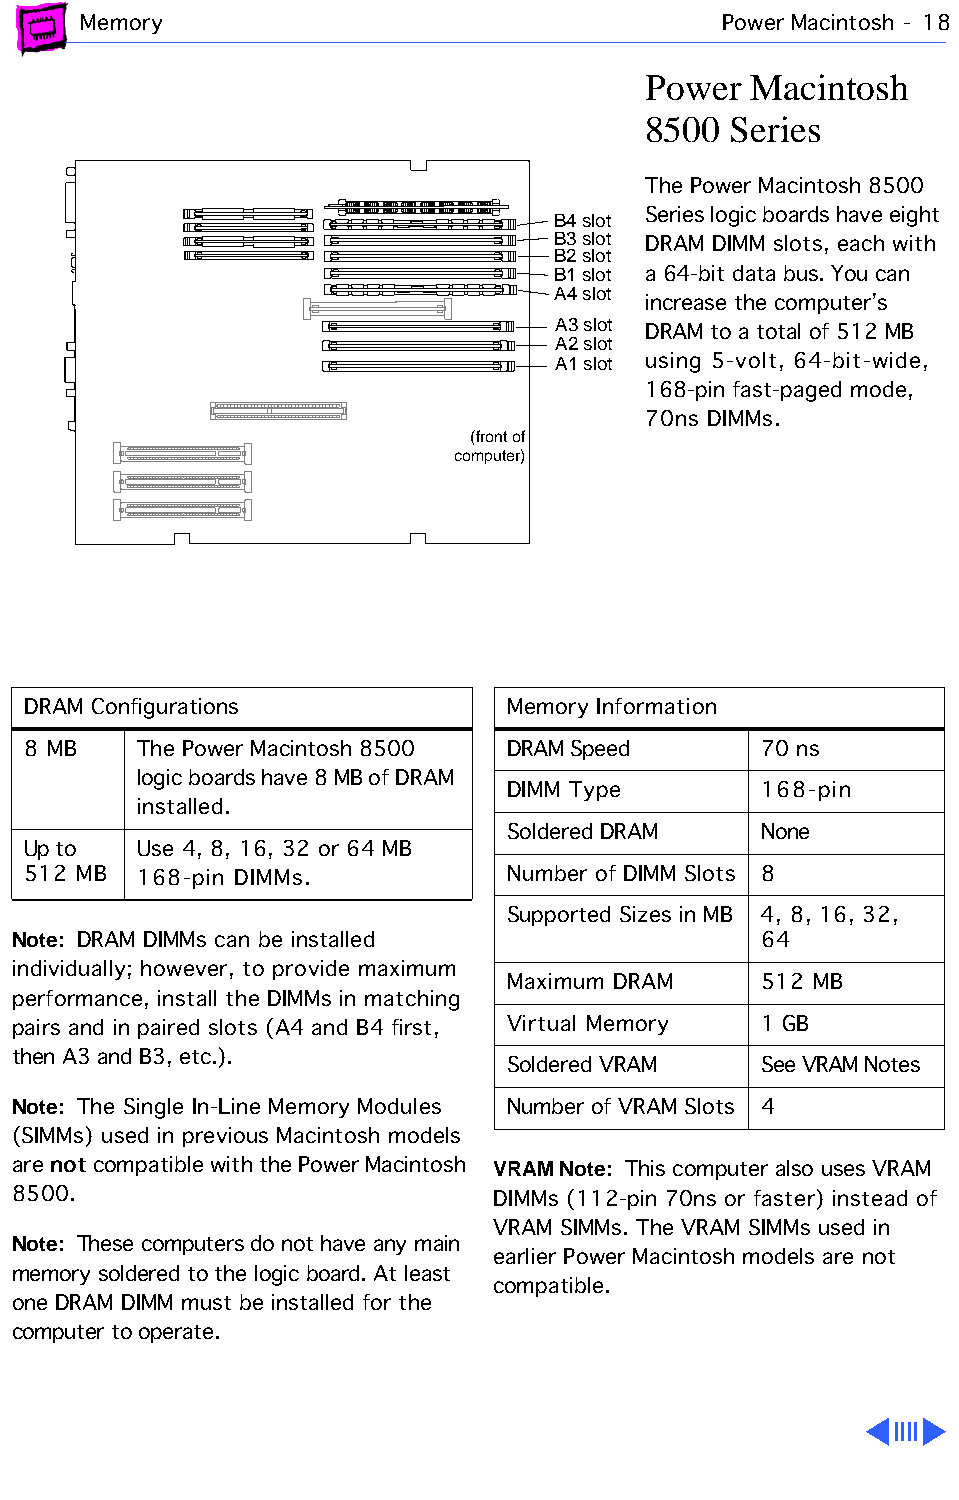
Memory                                    Power Macintosh - 18
 Power  Macintosh
 8500  Series
 The Power Macintosh 8500
 B4 slot Series logic boards have eight
 B3 slot
 DRAM DIMM slots, each with
 B2 slot
 B1 slot a 64-bit data bus. You can
 A4 slot
 increase the computer’s
 A3 slot
 DRAM to a total of 512 MB
 A2 slot
 A1 slot using 5-volt, 64-bit-wide,
 168-pin fast-paged mode,
 70ns DIMMs.
 (front of
 computer)
 DRAM Configurations             Memory Information
 8 MB    The Power Macintosh 8500 DRAM Speed      70 ns
 logic boards have 8 MB of DRAM
 DIMM Type        168-pin
 installed.
 Soldered DRAM    None
 Up to   Use 4, 8, 16, 32 or 64 MB
 512 MB  168-pin DIMMs.          Number of DIMM Slots 8
 Supported Sizes in MB 4, 8, 16, 32,
 Note: DRAM DIMMs can be installed                 64
 individually; however, to provide maximum
 Maximum DRAM     512 MB
 performance, install the DIMMs in matching
 pairs and in paired slots (A4 and B4 first, Virtual Memory 1 GB
 then A3 and B3, etc.).
 Soldered VRAM    See VRAM Notes
 Note: The Single In-Line Memory Modules Number of VRAM Slots 4
 (SIMMs) used in previous Macintosh models
 not
 are   compatible with the Power Macintosh VRAM Note: This computer also uses VRAM
 8500.                           DIMMs (112-pin 70ns or faster) instead of
 VRAM SIMMs. The VRAM SIMMs used in
 Note: These computers do not have any main
 earlier Power Macintosh models are not
 memory soldered to the logic board. At least
 compatible.
 one DRAM DIMM must be installed for the
 computer to operate.